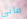
فانى